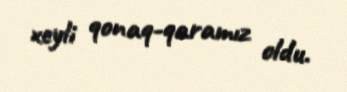
xeyli qonaq-qaramız oldu.